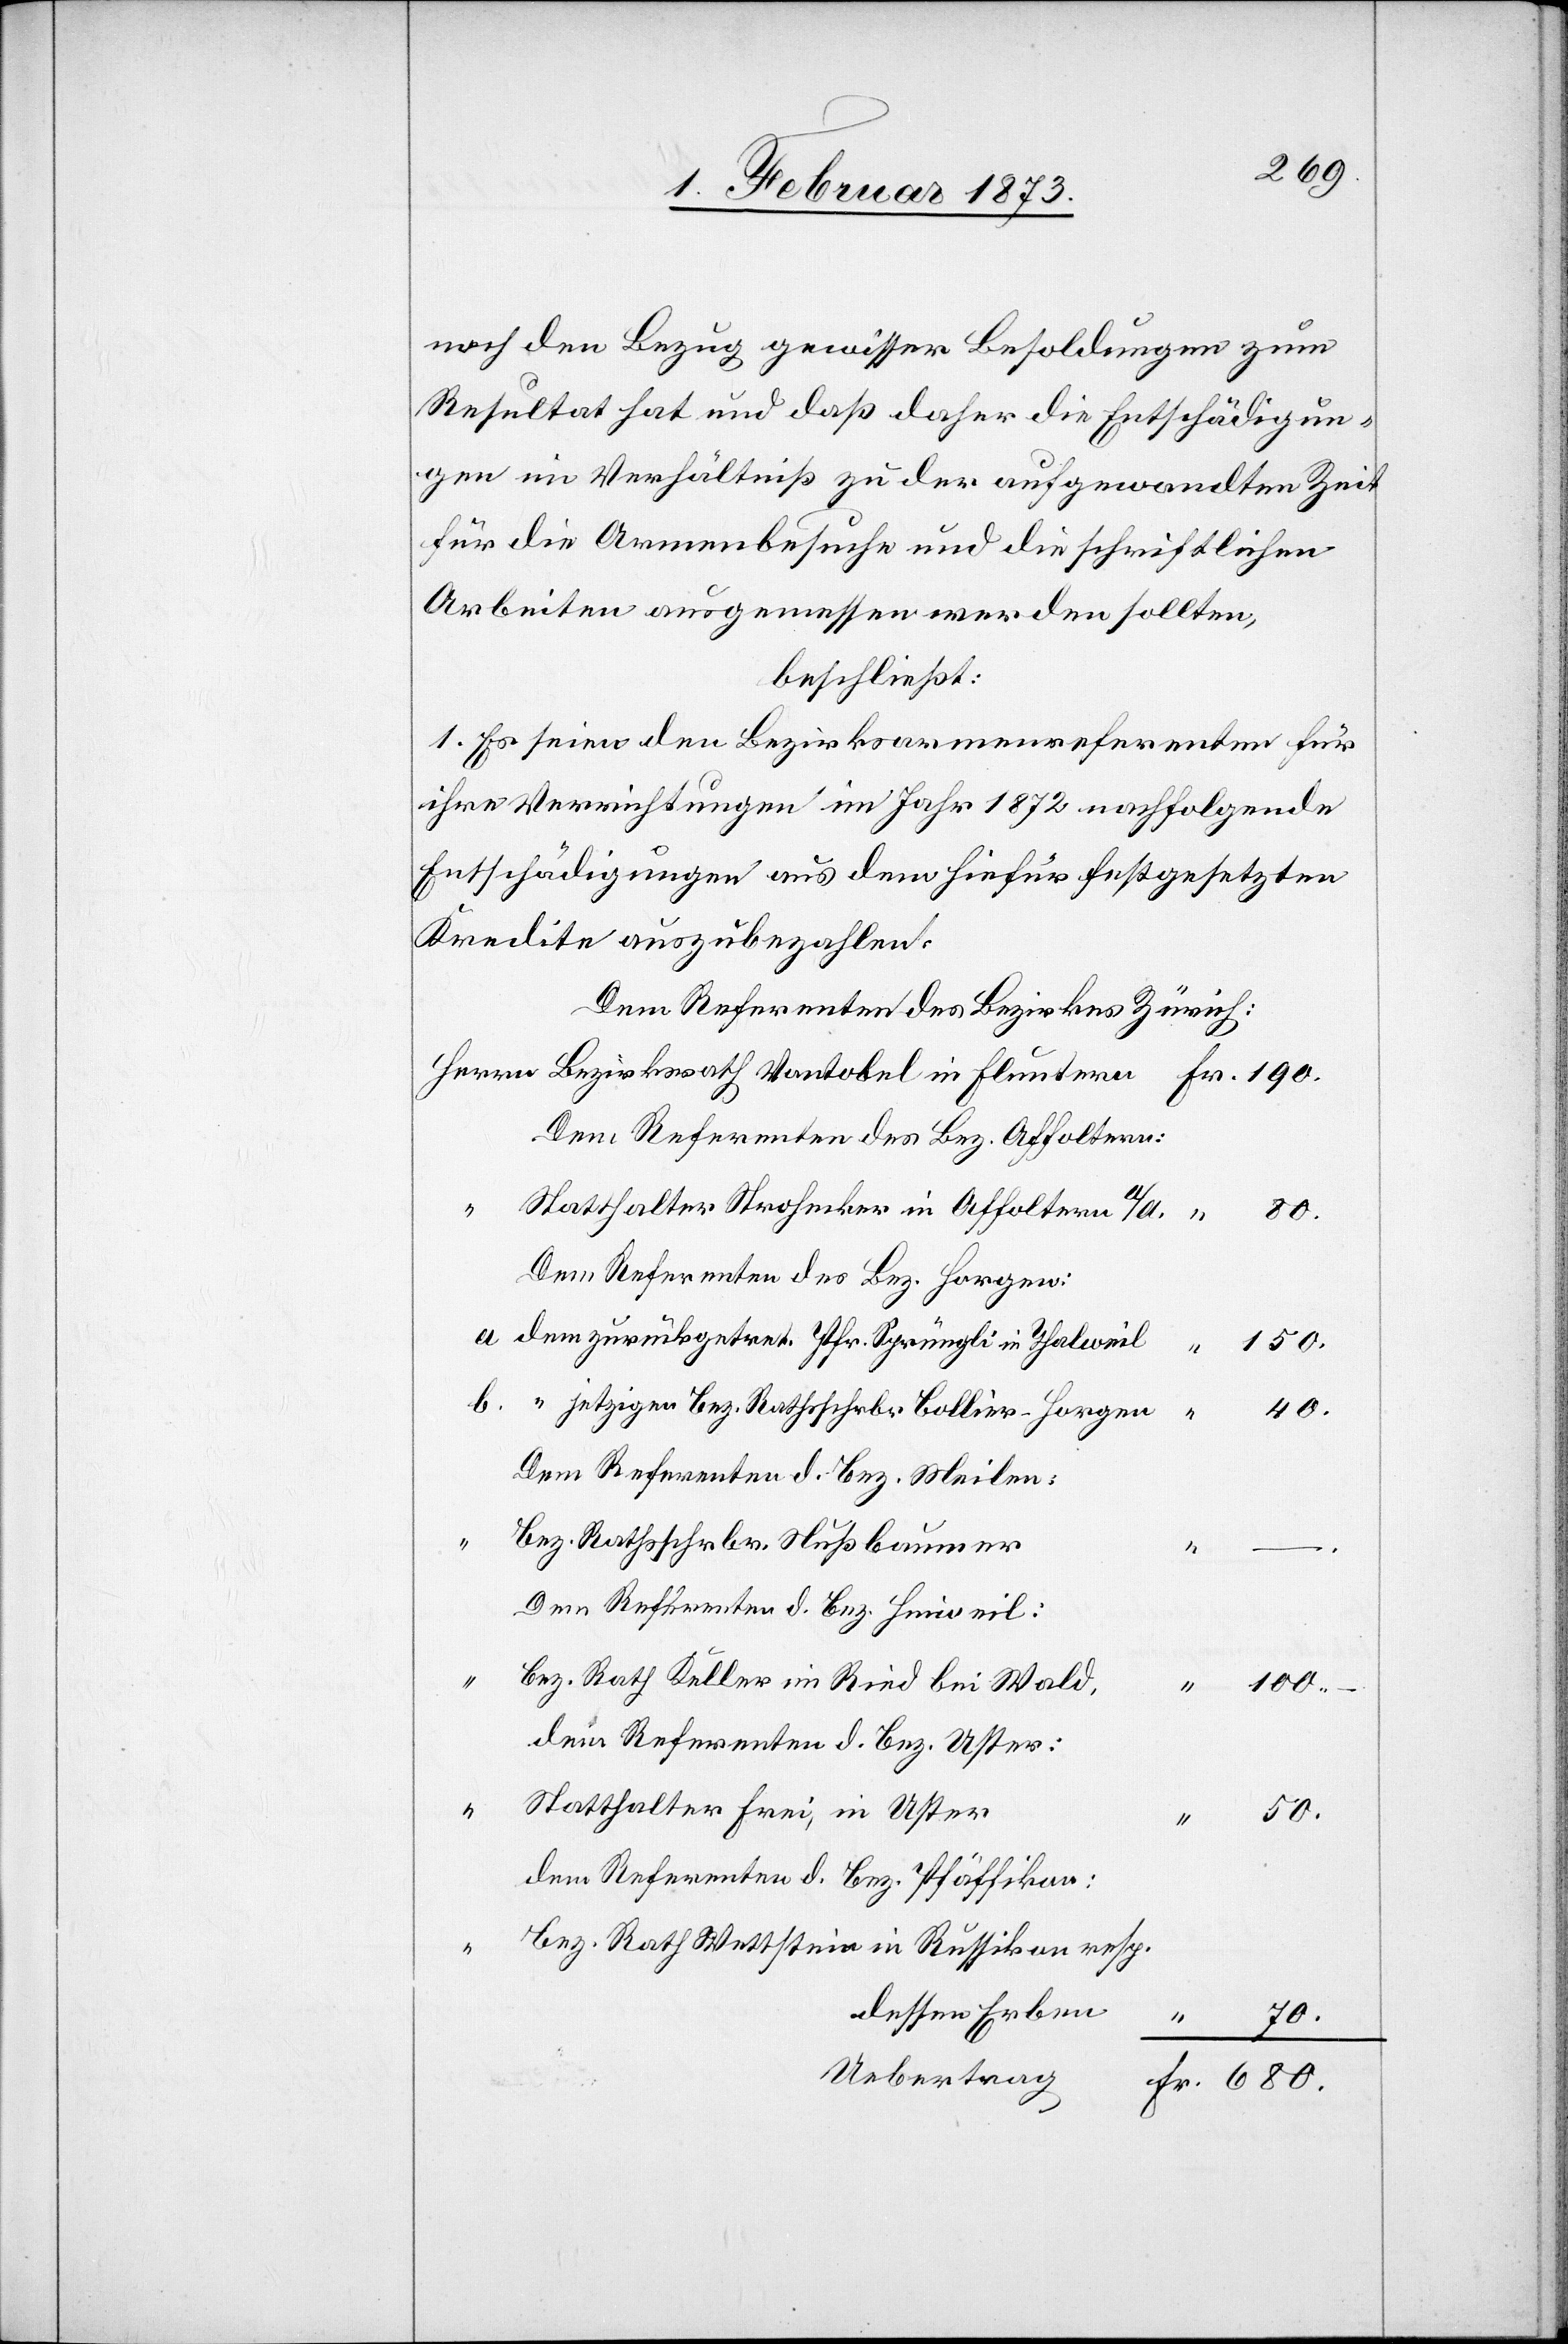
noch den Bezug gewisser Besoldungen zum
Resultat hat und daß daher die Entschädigun¬
gen im Verhältniß zu der aufgewandten Zeit
für die Armenbesuche und die schriftlichen
Arbeiten ausgemessen werden sollten,
beschließt:
1. Es seien den Bezirksarmenreferenten für
ihre Verrichtungen im Jahr 1872 nachfolgende
Entschädigungen aus dem hiefür festgesetzten
Kredite auszubezahlen:
Dem Referenten des Bezirkes Zürich:
Herrn Bezirksrath Vontobel in Fluntern	Fr. 190.
Dem Referenten des Bez. Affoltern:
50.
Statthalter Strohecker in Affoltern a/A.	 “ 80.
Dem Referenten des Bez. Horgen:
a. dem zurückgetret. Pfr. Sprüngli in Thalweil	 “ 150.
b. “ jetzigen Bez. Rathschrbr Bollier-Horgen	 “ 40.
Dem Referenten d. Bez. Meilen:
Bez. Rathschrbr. Nußbaumer
Dem Referenten d. Bez. Hinweil:
Bez. Rath Keller im Ried bei Wald,
“ 100.-
dem Referenten d. Bez. Uster:
Statthalter Frei, in Uster
dem Referenten d. Bez. Pfäffikon:
Bez. Rath Wettstein in Russikon resp.
dessen Erben
70.